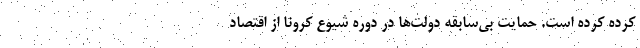
کرده کرده است. حمایت بی‌سابقه دولت‌ها در دوره شیوع کرونا از اقتصاد